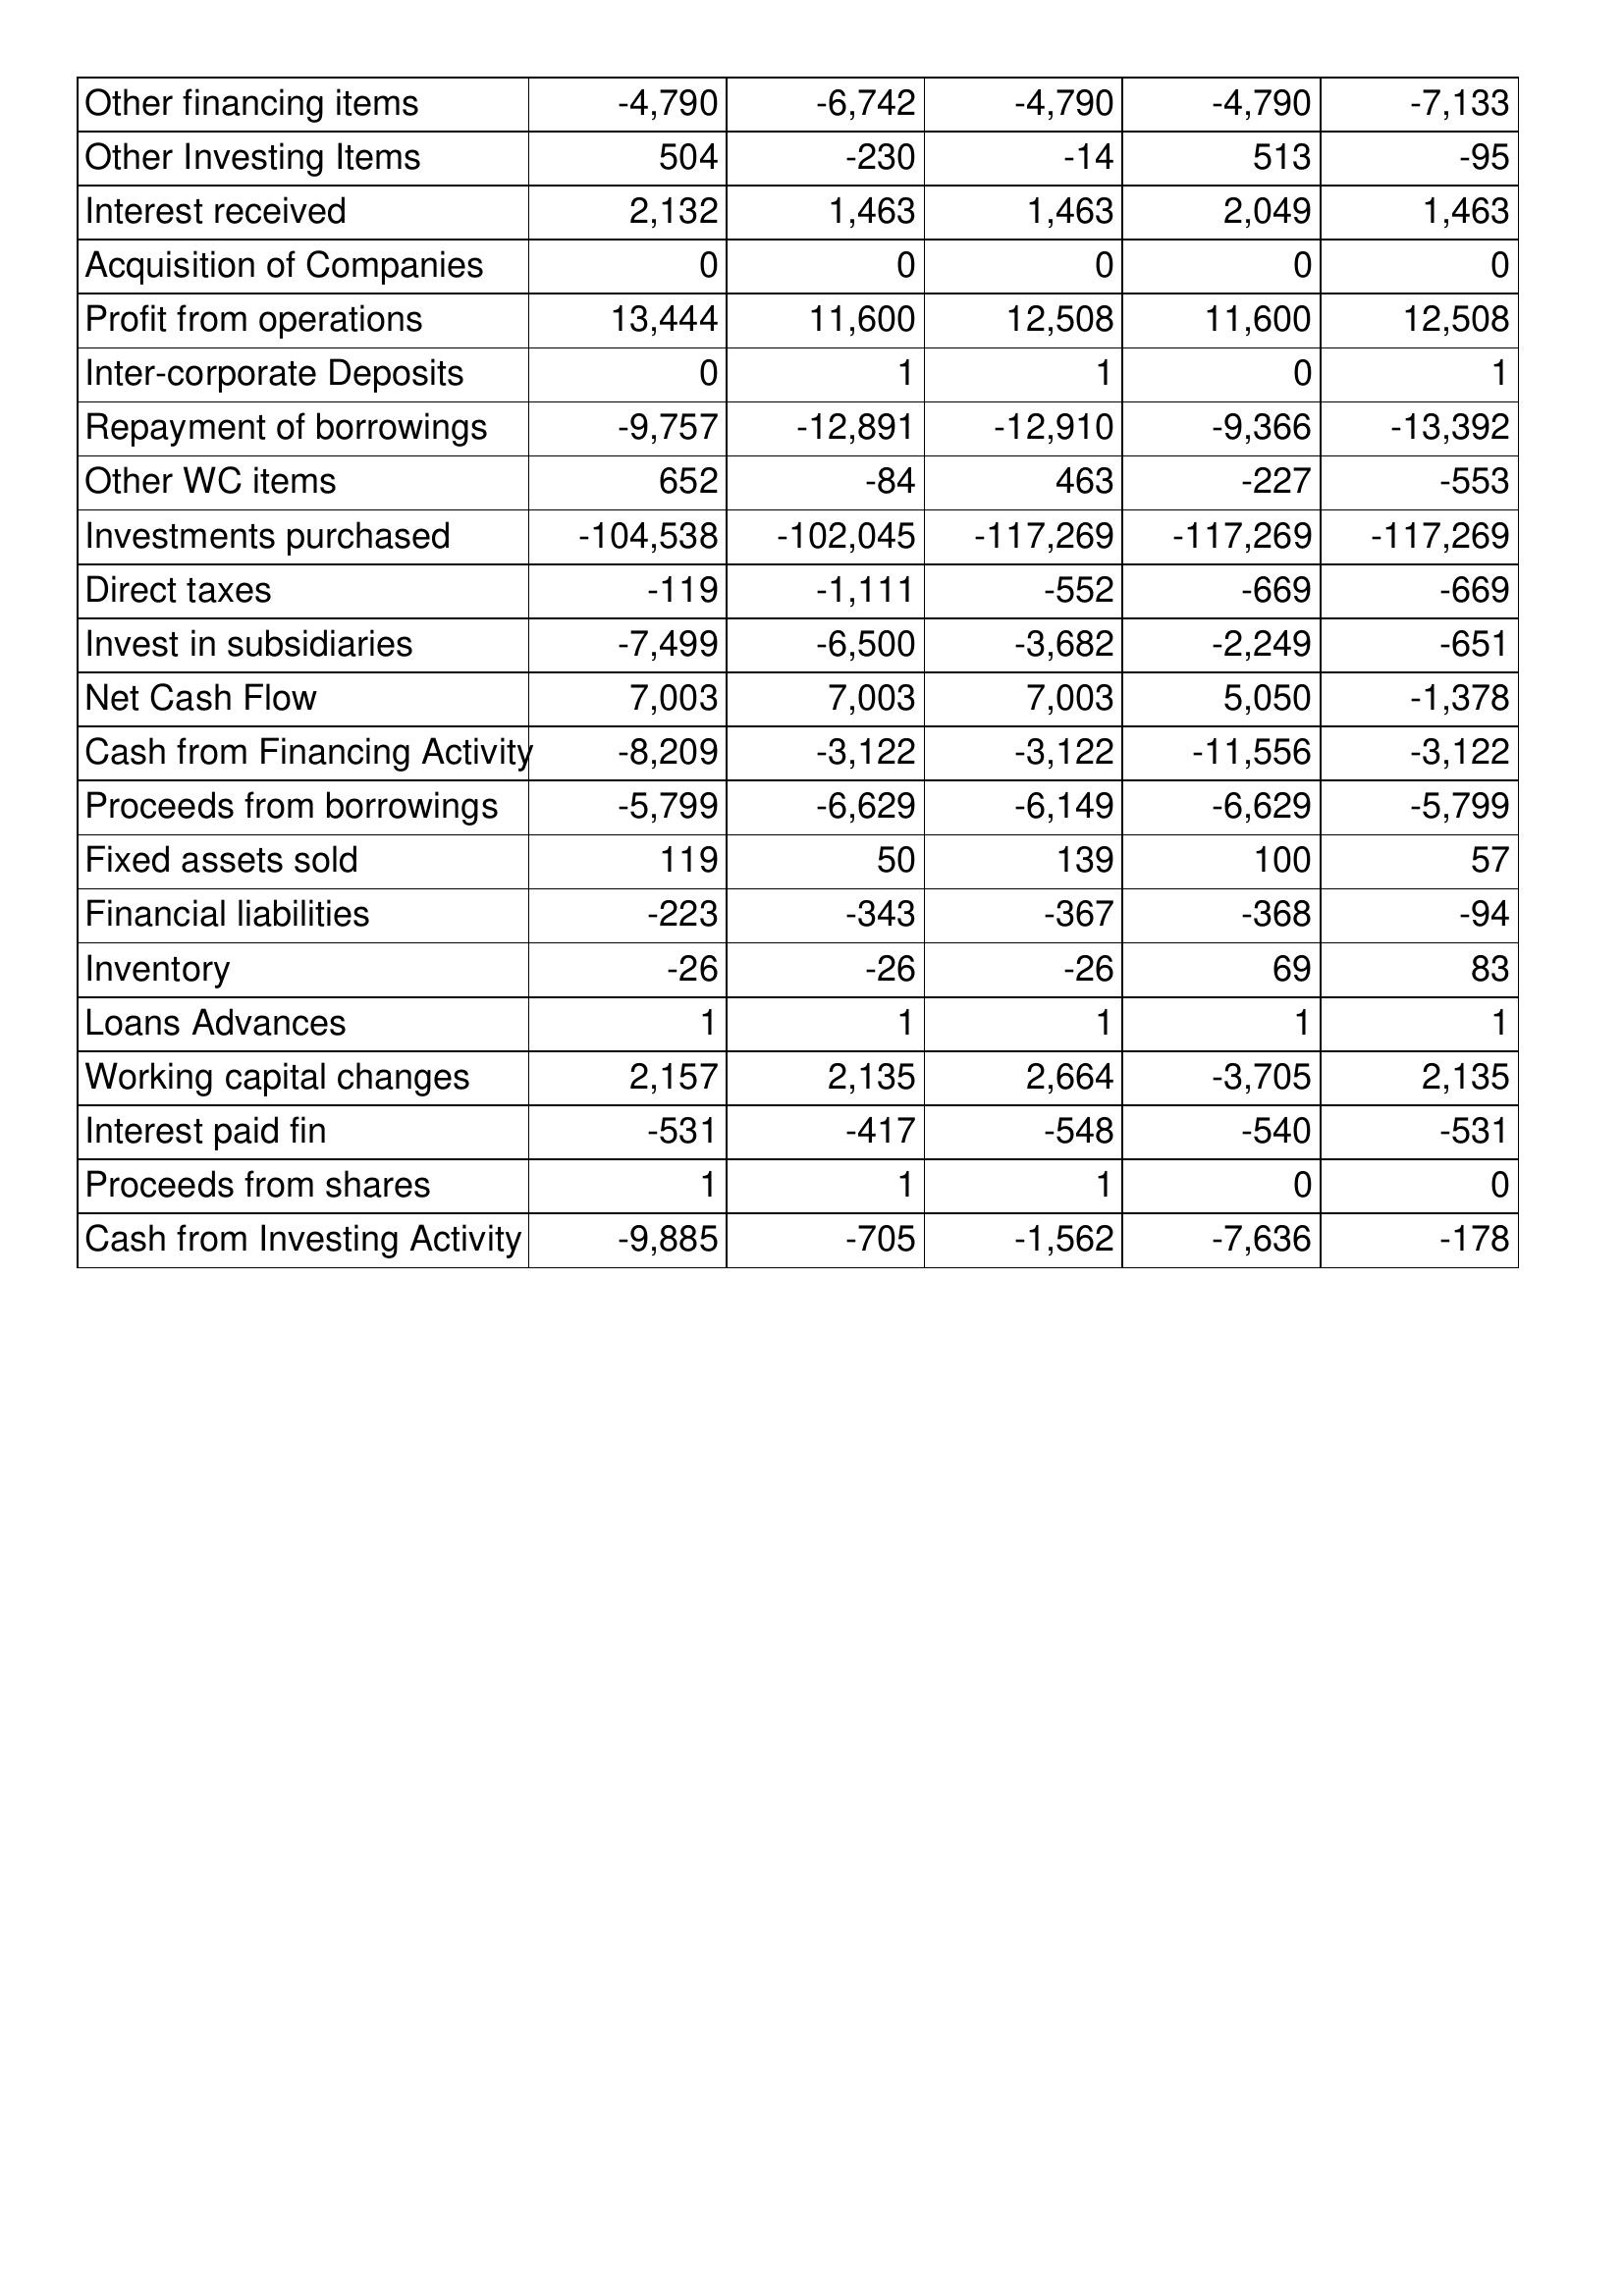
Apr-03: Cash Flows: Other financing items: -4,790
Other Investing Items: 504
Interest received: 2,132
Acquisition of Companies: 0
Profit from operations: 13,444
Inter-corporate Deposits: 0
Repayment of borrowings: -9,757
Other WC items: 652
Investments purchased: -104,538
Direct taxes: -119
Invest in subsidiaries: -7,499
Net Cash Flow: 7,003
Cash from Financing Activity: -8,209
Proceeds from borrowings: -5,799
Fixed assets sold: 119
Financial liabilities: -223
Inventory: -26
Loans Advances: 1
Working capital changes: 2,157
Interest paid fin: -531
Proceeds from shares: 1
Cash from Investing Activity: -9,885
Apr-02: Cash Flows: Other financing items: -6,742
Other Investing Items: -230
Interest received: 1,463
Acquisition of Companies: 0
Profit from operations: 11,600
Inter-corporate Deposits: 1
Repayment of borrowings: -12,891
Other WC items: -84
Investments purchased: -102,045
Direct taxes: -1,111
Invest in subsidiaries: -6,500
Net Cash Flow: 7,003
Cash from Financing Activity: -3,122
Proceeds from borrowings: -6,629
Fixed assets sold: 50
Financial liabilities: -343
Inventory: -26
Loans Advances: 1
Working capital changes: 2,135
Interest paid fin: -417
Proceeds from shares: 1
Cash from Investing Activity: -705
Apr-01: Cash Flows: Other financing items: -4,790
Other Investing Items: -14
Interest received: 1,463
Acquisition of Companies: 0
Profit from operations: 12,508
Inter-corporate Deposits: 1
Repayment of borrowings: -12,910
Other WC items: 463
Investments purchased: -117,269
Direct taxes: -552
Invest in subsidiaries: -3,682
Net Cash Flow: 7,003
Cash from Financing Activity: -3,122
Proceeds from borrowings: -6,149
Fixed assets sold: 139
Financial liabilities: -367
Inventory: -26
Loans Advances: 1
Working capital changes: 2,664
Interest paid fin: -548
Proceeds from shares: 1
Cash from Investing Activity: -1,562
Apr-00: Cash Flows: Other financing items: -4,790
Other Investing Items: 513
Interest received: 2,049
Acquisition of Companies: 0
Profit from operations: 11,600
Inter-corporate Deposits: 0
Repayment of borrowings: -9,366
Other WC items: -227
Investments purchased: -117,269
Direct taxes: -669
Invest in subsidiaries: -2,249
Net Cash Flow: 5,050
Cash from Financing Activity: -11,556
Proceeds from borrowings: -6,629
Fixed assets sold: 100
Financial liabilities: -368
Inventory: 69
Loans Advances: 1
Working capital changes: -3,705
Interest paid fin: -540
Proceeds from shares: 0
Cash from Investing Activity: -7,636
Apr-99: Cash Flows: Other financing items: -7,133
Other Investing Items: -95
Interest received: 1,463
Acquisition of Companies: 0
Profit from operations: 12,508
Inter-corporate Deposits: 1
Repayment of borrowings: -13,392
Other WC items: -553
Investments purchased: -117,269
Direct taxes: -669
Invest in subsidiaries: -651
Net Cash Flow: -1,378
Cash from Financing Activity: -3,122
Proceeds from borrowings: -5,799
Fixed assets sold: 57
Financial liabilities: -94
Inventory: 83
Loans Advances: 1
Working capital changes: 2,135
Interest paid fin: -531
Proceeds from shares: 0
Cash from Investing Activity: -178